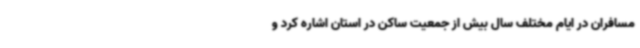
مسافران‌ در ایام مختلف سال بیش از جمعیت ساکن در استان اشاره کرد و